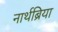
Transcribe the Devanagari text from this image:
नार्थब्रिया